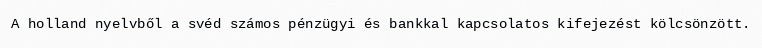
A holland nyelvből a svéd számos pénzügyi és bankkal kapcsolatos kifejezést kölcsönzött.